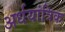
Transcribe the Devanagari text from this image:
अर्धयांत्रिक